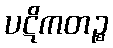
ပဋိကတဉ္စ